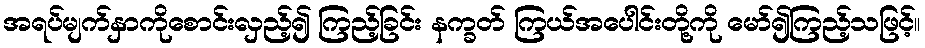
အရပ်မျက်နှာကိုစောင်းလှည့်၍ ကြည့်ခြင်း နက္ခတ် ကြယ်အပေါင်းတို့ကို မော်၍ကြည့်သဖြင့်။